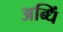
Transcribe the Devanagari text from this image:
अब्धिं